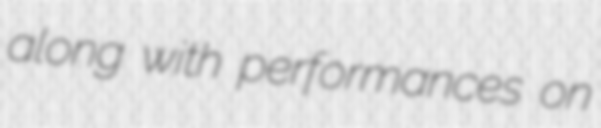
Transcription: along with performances on